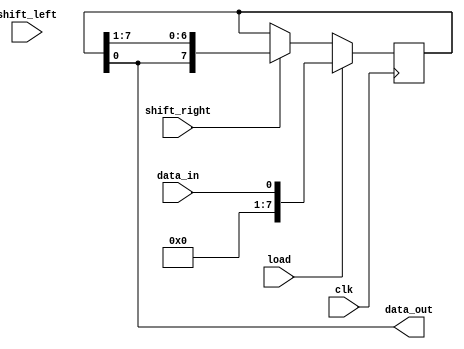
module universal_shift_register (
    input wire clk,
    input wire load,
    input wire shift_right,
    input wire shift_left,
    input wire data_in,
    output reg data_out
);

reg [7:0] reg_data;

always @(posedge clk) begin
    if (load) begin
        reg_data <= data_in;
    end else if (shift_right) begin
        reg_data <= {reg_data[0], reg_data[7:1]};
    end else if (shift_left) begin
        reg_data <= {reg_data[1:7], reg_data[0]};
    end
end

assign data_out = reg_data;

endmodule